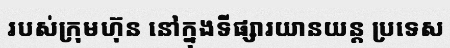
របស់ក្រុមហ៊ុន នៅក្នុងទីផ្សារយានយន្ត ប្រទេស